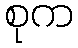
စုက